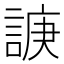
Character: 𧩉